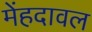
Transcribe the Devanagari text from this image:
मेंहदावल